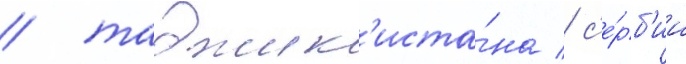
/ таджик'иста́на / с'е́рб'ии